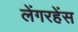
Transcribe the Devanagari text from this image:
लेंगरहेंस